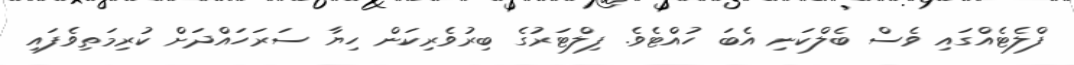
ފްލެޓެއްގައި ވެސް ބެލްކަނި އެބަ ހުއްޓެވެ. ފިލްޓަރުގެ ބިރުވެރިކަން ހިޔާ ސަރަހައްދަށް ކުރިމަތިވެފައި